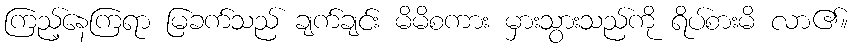
ကြည့်နေကြရာ မြခက်သည် ချက်ချင်း မိမိစကား မှားသွားသည်ကို ရိပ်စားမိ လာ၏။